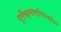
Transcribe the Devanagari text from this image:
ग्लैक्सोस्मिथक्लिन